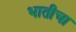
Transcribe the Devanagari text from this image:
भातीचा